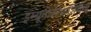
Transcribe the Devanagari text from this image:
इम्यूनोडेफिशियेंसी